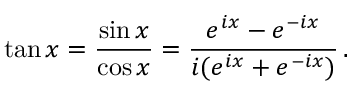
\tan x = { \frac { \sin x } { \cos x } } = { \frac { e ^ { i x } - e ^ { - i x } } { i ( { e ^ { i x } + e ^ { - i x } } ) } } \, .